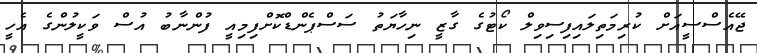
ޖޭއެސްސީއަށް ކުރިމަތިލައިފިސިވިލް ކޯޓުގެ ގާޒީ ނިހާޔަތު ސަސްޕެންޑްކޮށްފިމިއީ ފުންނާބު އުސް ވަކީލުންގެ އެހީ